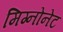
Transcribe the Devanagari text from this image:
मिग्नोनेट